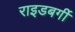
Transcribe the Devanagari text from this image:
राइडबर्गी